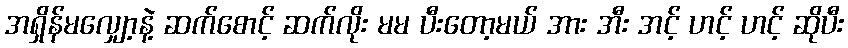
အရှိန်မလျှော့နဲ့ ဆက်စောင့် ဆက်လိုး မမ ပီးတော့မယ် အား အီး အင့် ဟင့် ဟင့် ဆိုပီး